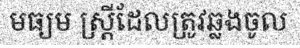
មធ្យម ស្ត្រីដែលត្រូវឆ្លងចូល